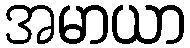
အမာယာ